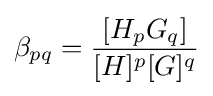
\beta _{pq}={\frac {[H_{p}G_{q}]}{[H]^{p}[G]^{q}}}